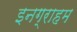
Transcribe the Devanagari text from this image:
इनग्राहम